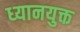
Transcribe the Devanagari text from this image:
ध्‍यानयुक्त